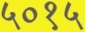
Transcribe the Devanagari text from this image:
५०१५